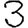
Digit: 3